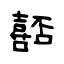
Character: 嚭